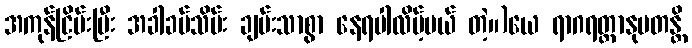
အကုန်ငြိမ်းပြီး အခါခပ်သိမ်း ချမ်းသာစွာ နေရပါလိမ့်မယ် တဲ့။)ယေ ရာဂရတ္တာနုပတန္တိ